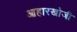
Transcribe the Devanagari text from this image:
आहारखोजी